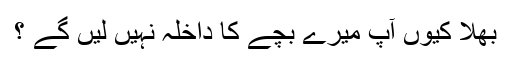
بھلا کیوں آپ میرے بچے کا داخلہ نہیں لیں گے ؟